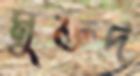
মুক্তদ